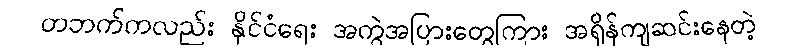
တဘက်ကလည်း နိုင်ငံရေး အကွဲအပြားတွေကြား အရှိန်ကျဆင်းနေတဲ့